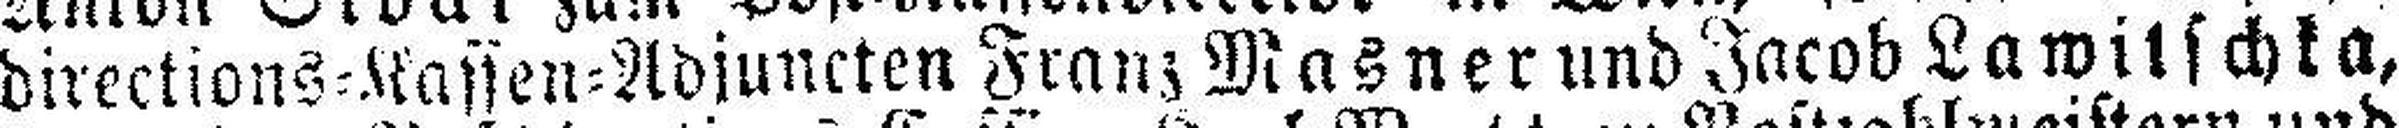
directions=Kassen-Adjuncten Franz Masner und Jacob Lawitschka,